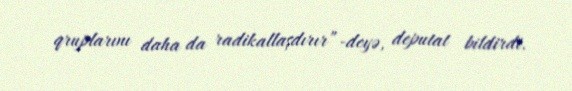
qruplarını daha da radikallaşdırır”-deyə, deputat bildirdi.